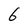
Character: 6